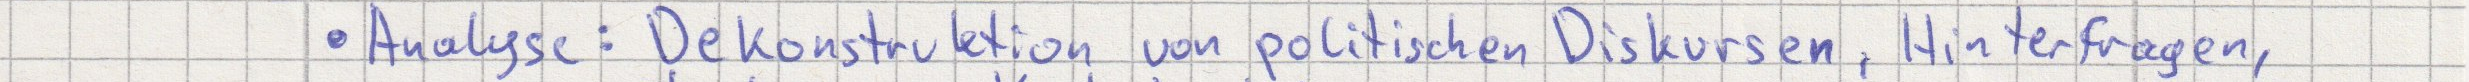
Analyse: Dekonstruktion von politischen Diskursen, Hinterfragen,